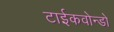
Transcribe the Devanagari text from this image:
टाईकवोन्डो